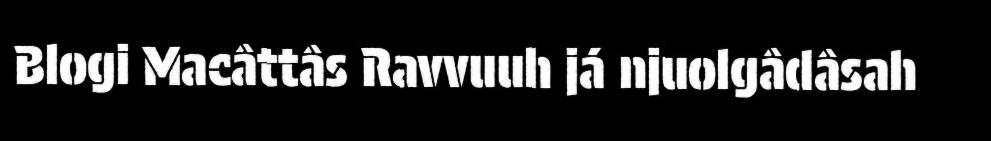
Blogi Macâttâs Ravvuuh já njuolgâdâsah